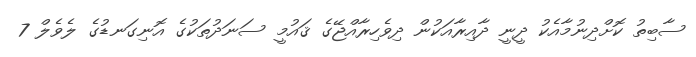
ސާބިތު ކޮށްދިނުމާއެކު ދީނީ ދާއިރާއަކުން ދިވެހިރާއްޖޭގެ ޤައުމީ ސަނަދުތަކުގެ އޮނިގަނޑުގެ ލެވެލް 7